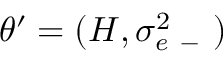
\theta ^ { \prime } = ( H , \sigma _ { e \mathrm { ~ - ~ } } ^ { 2 } )